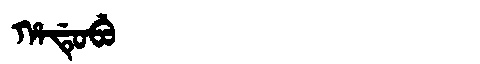
Manchu: ᡥᠠᡩᡠᠪᡠ
Romanization: HADUBU